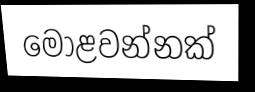
මොළවන්නක්